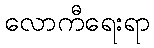
လောကီရေးရာ